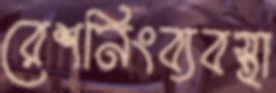
রেশনিংব্যবস্থা